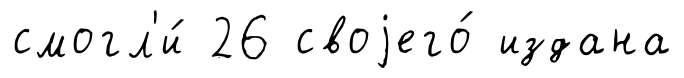
смогл'и́ 26 своjего́ издана